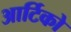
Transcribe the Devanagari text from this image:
आर्टिको